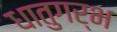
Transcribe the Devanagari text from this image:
धातुगर्भ